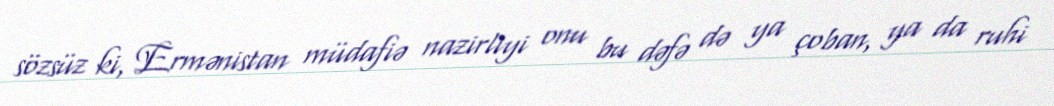
sözsüz ki, Ermənistan müdafiə nazirliyi onu bu dəfə də ya çoban, ya da ruhi